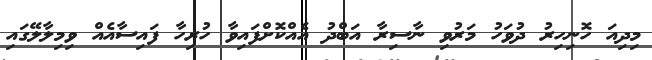
މިދިއަ ހޮނިހިރު ދުވަހު މަރުވި ނާސިރާ އަބްދު އެއްކޮށްފައިވާ ހުރިހާ ފައިސާއެއް ވިމިލާލޭގައި